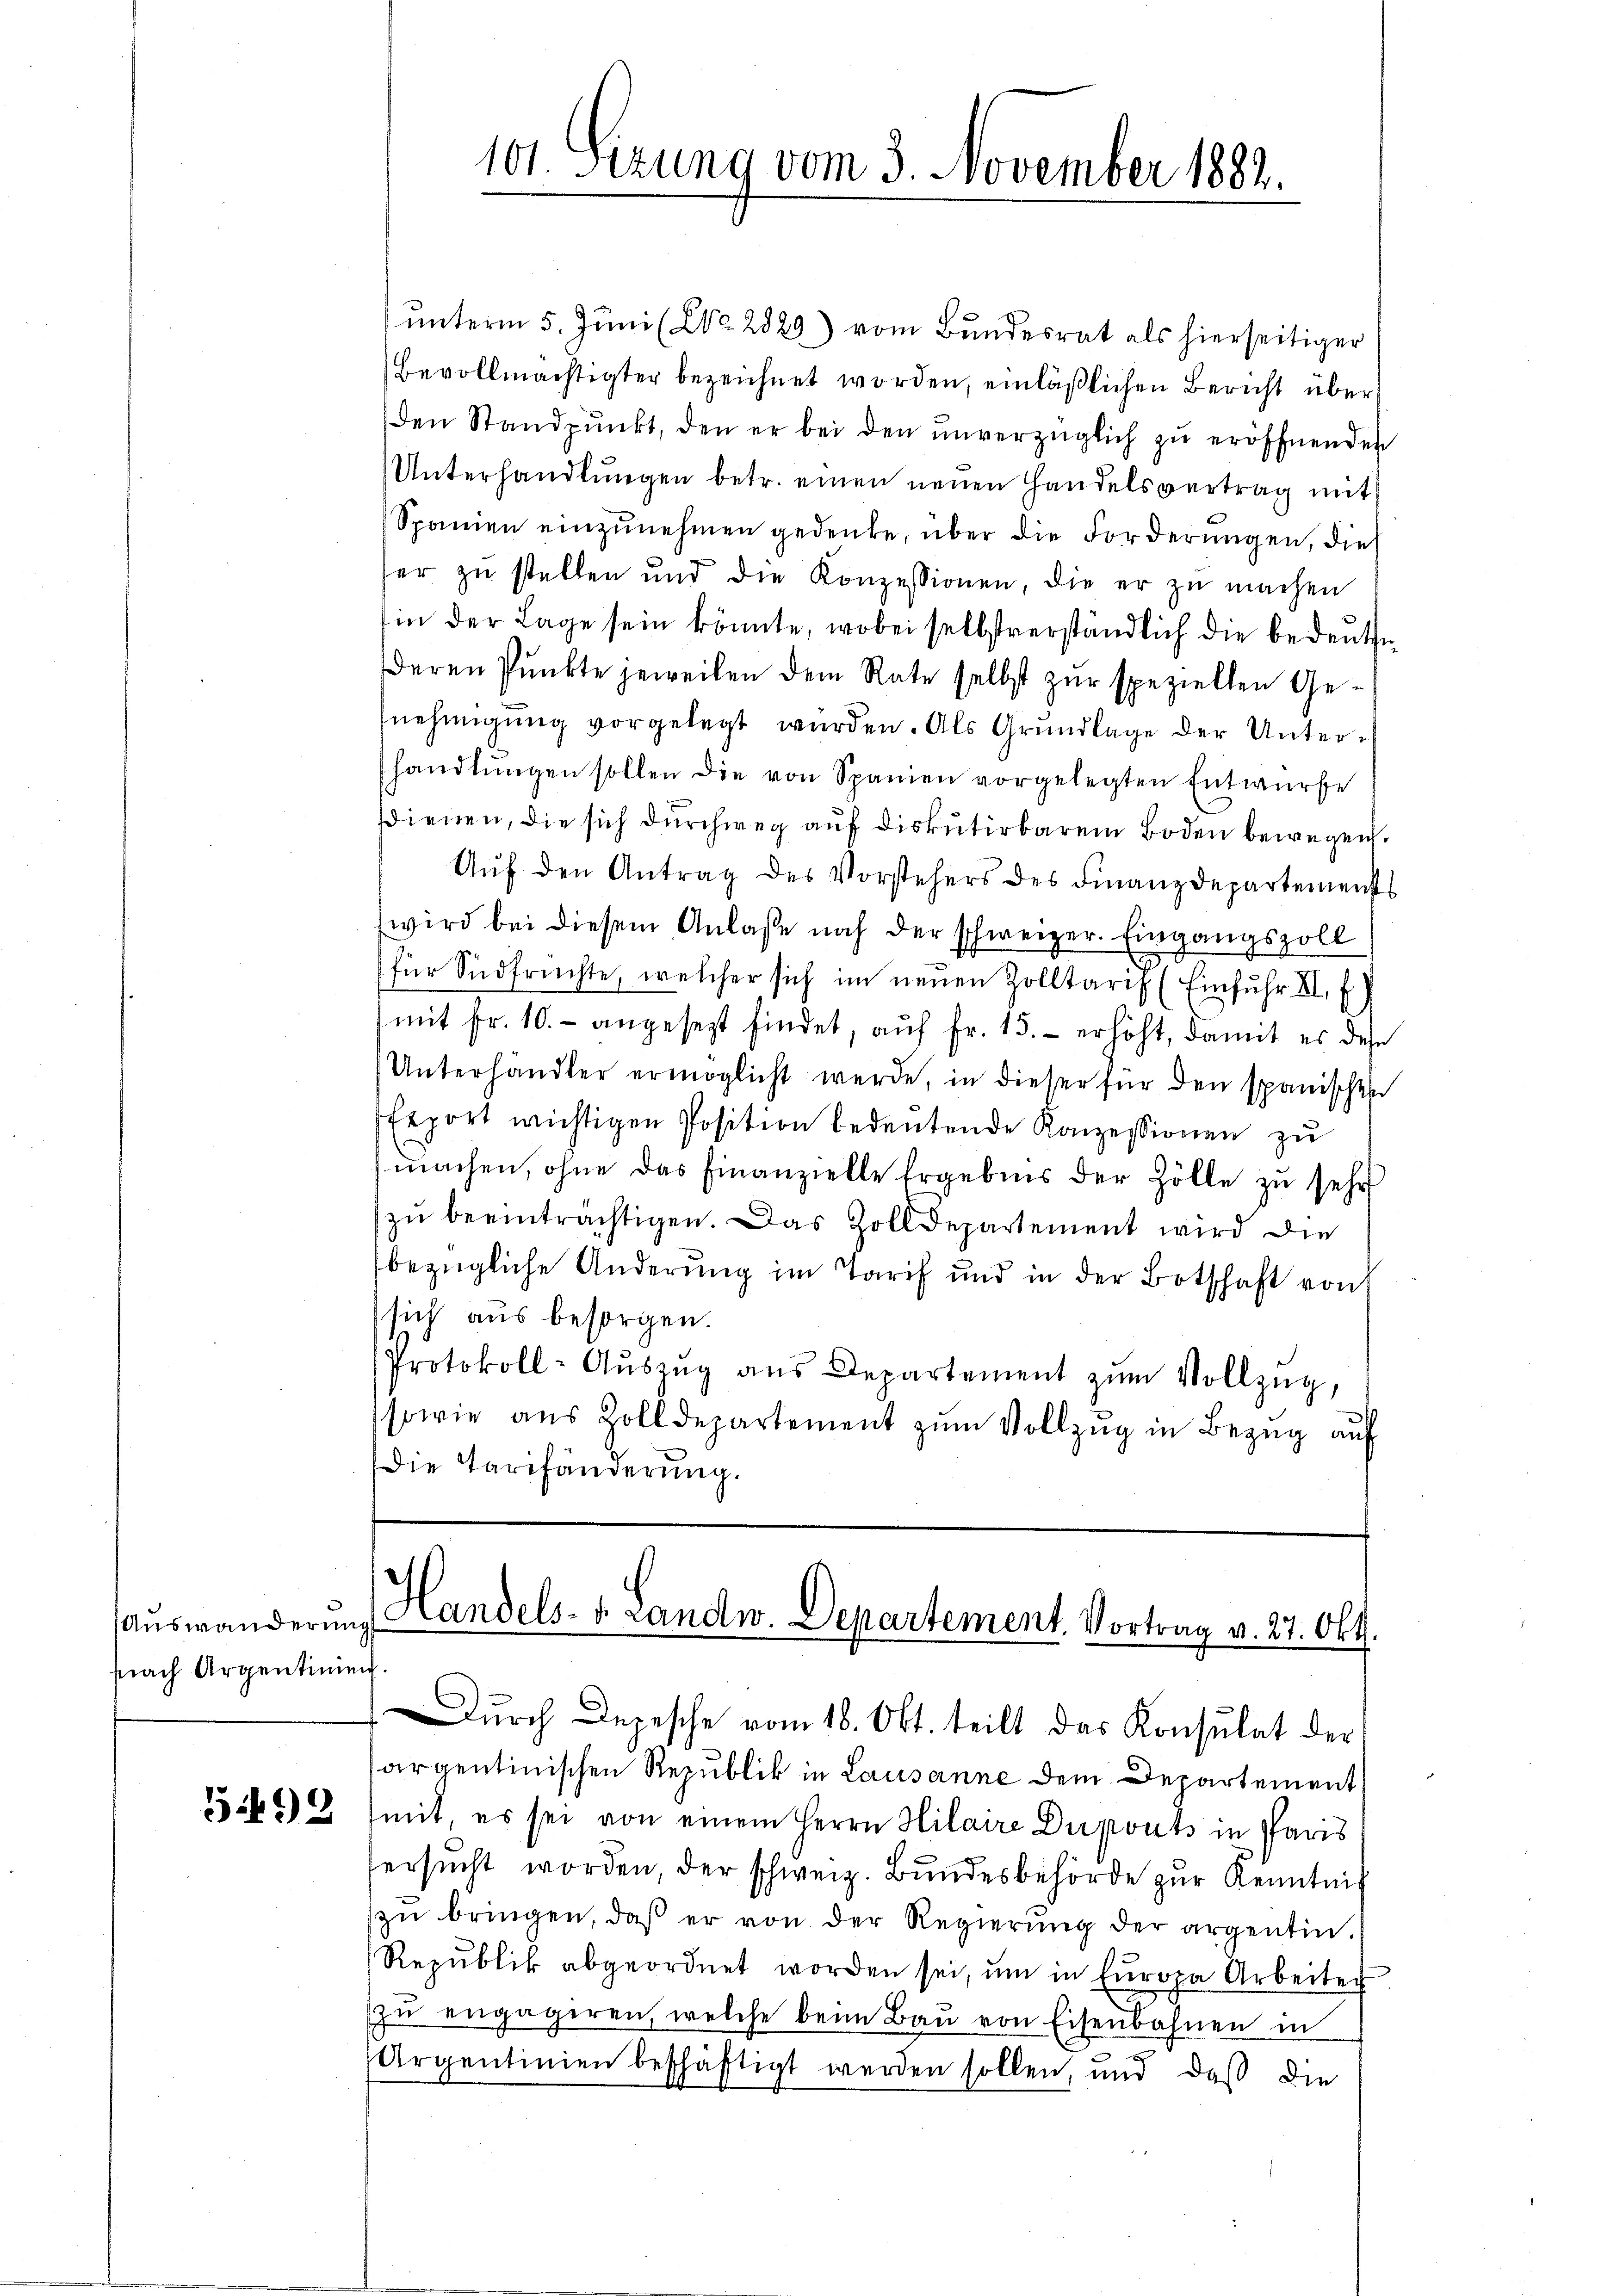
Auswanderung
prach Argentinien

59

unterm 5. Juni (Co 2829) vom Bundesrat als hierseitiger
Bevollmächtigter bezeichnet worden, einläßlichen Bericht über
den Standpŭnkt, den er bei den ŭnverzüglich zŭ eröffnenden
Unterhandlungen betr. einen neuen Handelsvertrag mit
Spanien einzŭnehmen gedenke, über die Forderungen, dies
her zŭ stellen und die Konzessionen, die er zŭ machen
in der Lage sein könnte, wobei selbstverständlich die bedeute
deren Pŭnkte jeweilen dem Rate selbst zŭr speziellen Ge-
nehmigung vorgelegt wurden. Als Grundlage der Unterhandlŭngen sollen die von Spanien vorgelegten Entwürfe
sdienen, die sich durchweg auf diskutirbarem Boden bewegen.
Auf den Antrag des Vorstehers des Finanzdepartements
wird bei diesem Anlaße noch der schweizer. Eingangszoll
für Südfrüchte, welcher sich im neuen Zolltaris (Einfuhr II. E
(mit Fr. 10.- angesezt findet, aŭf Fr. 15. erhöht, damit es des
Unterhändler ermöglicht werde, in dieser für den spanischen
Export wichtigen Position bedeutende Konzessionen zu
machen, ohne das Finanzielle Ergebnis der Zölle zu sehr
zu beeinträchtigen. Das Zolldepartement wird die
bezügliche Änderung im Tarif und in der Botschaft von
sich aus besorgen.
Protokoll-Aŭszŭg ans Departement zŭm Vollzŭg,
sowie aŭs Zolldepartement zŭm Vollzug in Bezug auf
Die Tarifänderung.

101 Sizung vom 3. November 1882.

Handels- u. Landw. Departement. Vortrag v. 27. Okt.

Durch Depesche vom 18. Okt. teilt das Konsulat der
argentinischen Republik in Lausanne dem Departement
mit es sei von einem Herrn Hilaire Dupouts in Paris
ersucht worden, der schweiz. Bundesbehörde zur Kenntnis
zŭ bringen, daß er von der Regierŭng der argentin.
Republik abgeordnet worden sei, um in Europa Arbeiter
zŭ engageren, welche beim Baŭ von Eisenbahnen in
Argentinien beschäftigt werden sollen, und daß die